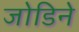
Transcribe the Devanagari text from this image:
जोडिने